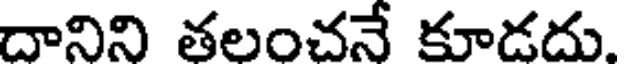
దానిని తలంచనే కూడదు.